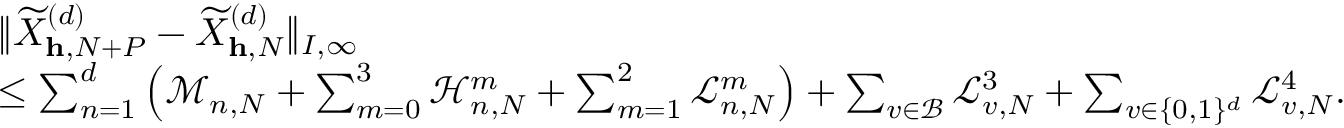
\begin{array} { r l } & { \| \widetilde { X } _ { \mathbf { h } , N + P } ^ { ( d ) } - \widetilde { X } _ { \mathbf { h } , N } ^ { ( d ) } \| _ { I , \infty } } \\ & { \leq \sum _ { n = 1 } ^ { d } \left( \mathcal { M } _ { n , N } + \sum _ { m = 0 } ^ { 3 } \mathcal { H } _ { n , N } ^ { m } + \sum _ { m = 1 } ^ { 2 } \mathcal { L } _ { n , N } ^ { m } \right) + \sum _ { v \in \mathcal { B } } \mathcal { L } _ { v , N } ^ { 3 } + \sum _ { v \in \{ 0 , 1 \} ^ { d } } \mathcal { L } _ { v , N } ^ { 4 } . } \end{array}